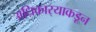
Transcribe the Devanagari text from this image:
अधिकार्‍याकडून